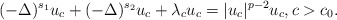
\begin{align*} (-\Delta)^{s_1} u_c +(-\Delta)^{s_2} u_c + \lambda_c u_c=|u_c|^{p-2} u_c, c>c_0.\end{align*}